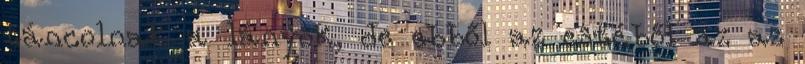
táncolnak a lányok, de ebből az estéből az az